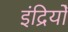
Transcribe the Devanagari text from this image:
इंद्रियोँ